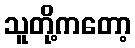
သူတို့ကတော့